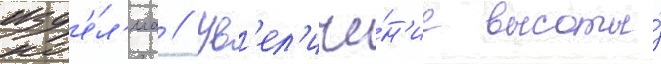
изд'е́л'иа // Ув'ел'иче́н'ие высоты́